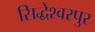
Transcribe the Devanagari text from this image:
सिद्धेश्वरपुर